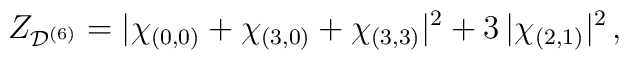
Z_{\mathcal{D}^{(6)}}=|\chi_{(0,0)} + \chi_{(3,0)} + \chi_{(3,3)}|^2 +3\,|\chi_{(2,1)}|^2 \,,